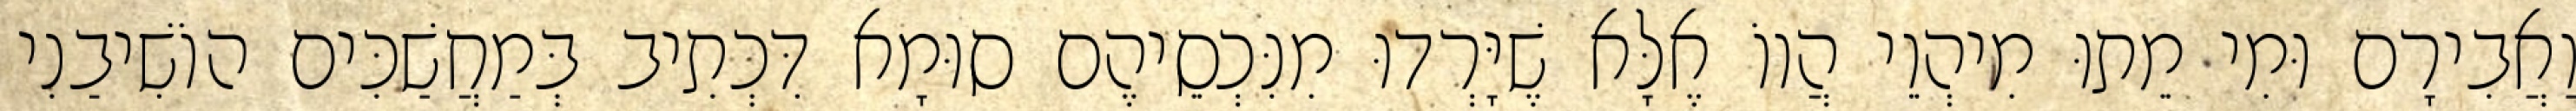
וַאֲבִירָם וּמִי מֵתוּ מִיהְוֵי הֲווֹ אֶלָּא שֶׁיָּרְדוּ מִנִּכְסֵיהֶם סוּמָא דִּכְתִיב בְּמַחֲשַׁכִּים הוֹשִׁיבַנִי